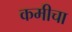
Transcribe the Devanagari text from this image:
कमीचा